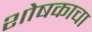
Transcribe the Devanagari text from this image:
शोषकाचा